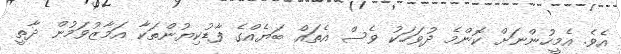
އެވެ. އެމީހުންނަށް ކޮންމެ ދުވަހަކު ވެސް އެތައް ބަޔެއްގެ ފާޑުކިޔުންތަކާ އަމާޒުވަމުން ދާތީ